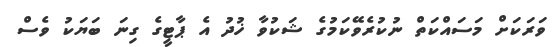
ވަރަކަށް މަސައްކަތް ނުކުރެވޭކަމުގެ ޝަކުވާ ޚުދު އެ ޕާޓީގެ ގިނަ ބަޔަކު ވެސް